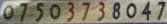
07503738047